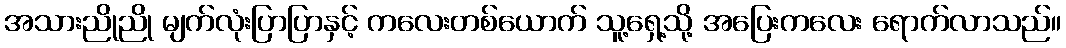
အသားညိုညို မျက်လုံးပြာပြာနှင့် ကလေးတစ်ယောက် သူ့ရှေ့သို့ အပြေးကလေး ရောက်လာသည်။